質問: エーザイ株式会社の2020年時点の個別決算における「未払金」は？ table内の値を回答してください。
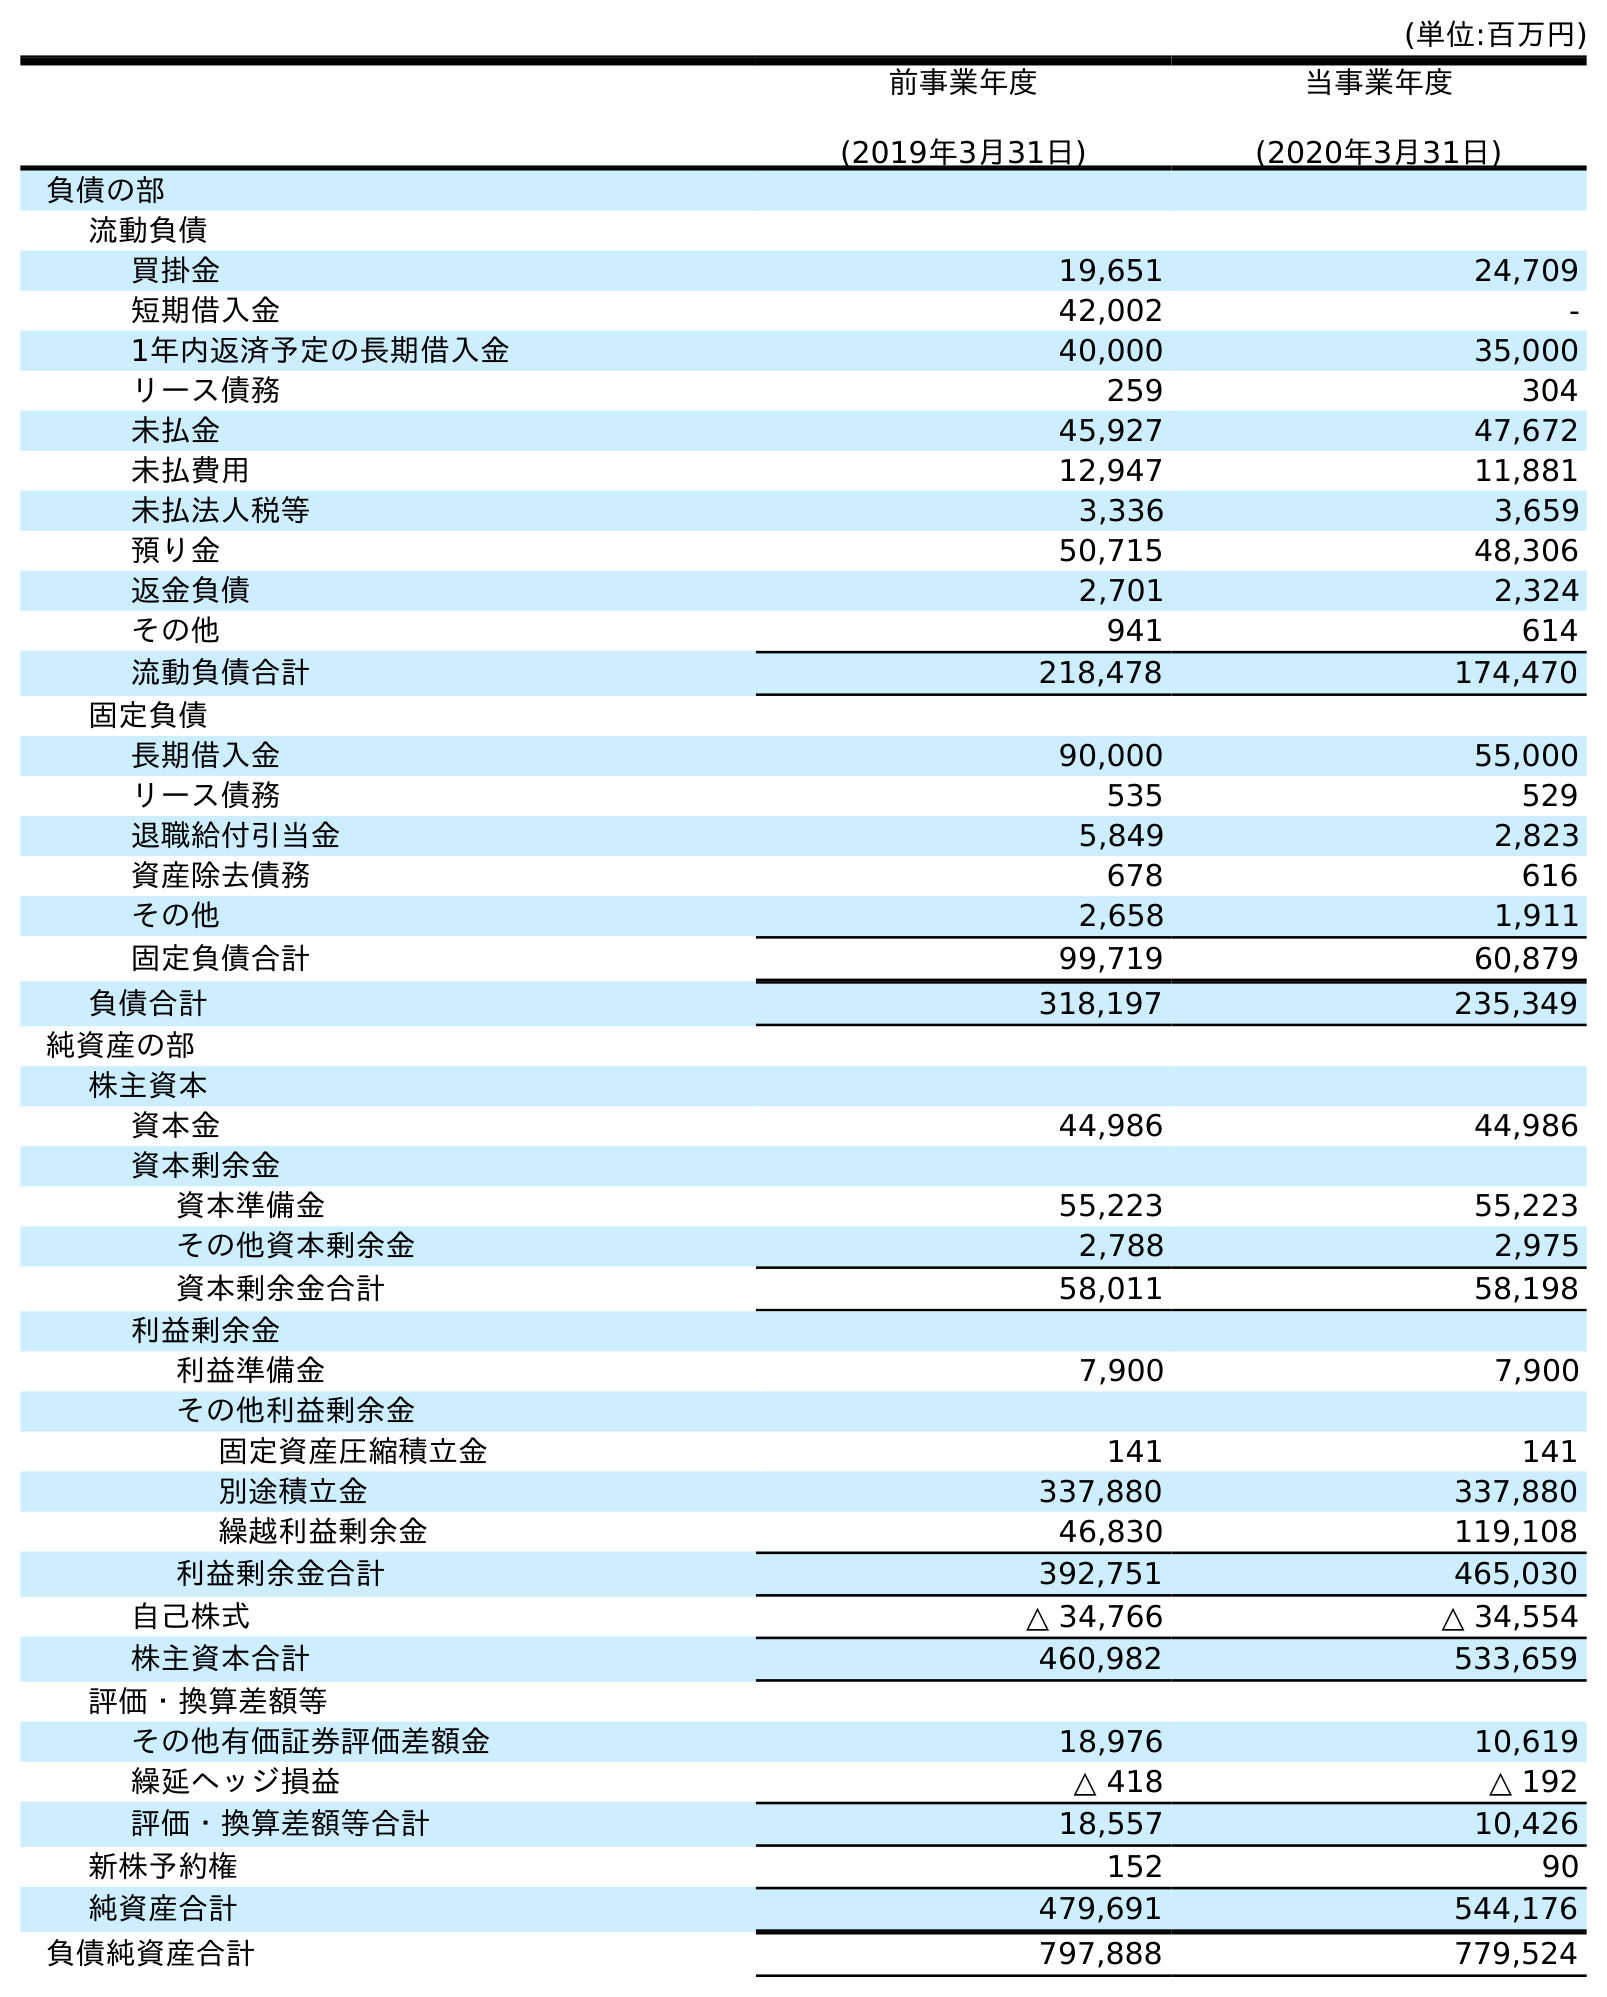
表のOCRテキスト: (単位:百万円) 前事業年度 (2019年3月31日) 当事業年度 (2020年3月31日) 負債の部 流動負債 買掛金 19,651 24,709 短期借入金 42,002 - 1年内返済予定の長期借入金 40,000 35,000 リース債務 259 304 未払金 45,927 47,672 未払費用 12,947 11,881 未払法人税等 3,336 3,659 預り金 50,715 48,306 返金負債 2,701 2,324 その他 941 614 流動負債合計 218,478 174,470 固定負債 長期借入金 90,000 55,000 リース債務 535 529 退職給付引当金 5,849 2,823 資産除去債務 678 616 その他 2,658 1,911 固定負債合計 99,719 60,879 負債合計 318,197 235,349 純資産の部 株主資本 資本金 44,986 44,986 資本剰余金 資本準備金 55,223 55,223 その他資本剰余金 2,788 2,975 資本剰余金合計 58,011 58,198 利益剰余金 利益準備金 7,900 7,900 その他利益剰余金 固定資産圧縮積立金 141 141 別途積立金 337,880 337,880 繰越利益剰余金 46,830 119,108 利益剰余金合計 392,751 465,030 自己株式 △ 34,766 △ 34,554 株主資本合計 460,982 533,659 評価・換算差額等 その他有価証券評価差額金 18,976 10,619 繰延ヘッジ損益 △ 418 △ 192 評価・換算差額等合計 18,557 10,426 新株予約権 152 90 純資産合計 479,691 544,176 負債純資産合計 797,888 779,524
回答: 47,672